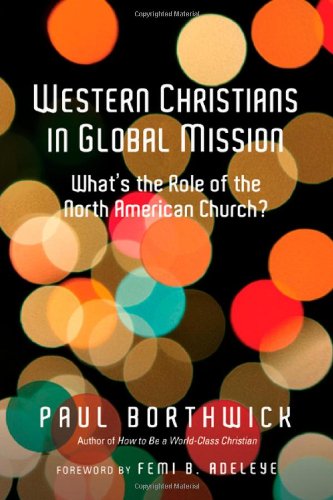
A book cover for Western Christians in Global Mission: What's the Role of the North American Church?; Paul Borthwick; Christian Books & Bibles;